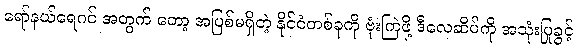
ရော်နယ်ရေဂင် အတွက် တော့ အပြစ်မရှိတဲ့ နိုင်ငံတစ်ခုကို ဗုံးကြဲဖို့ ဒီလေဆိပ်ကို အသုံးပြုခွင့်